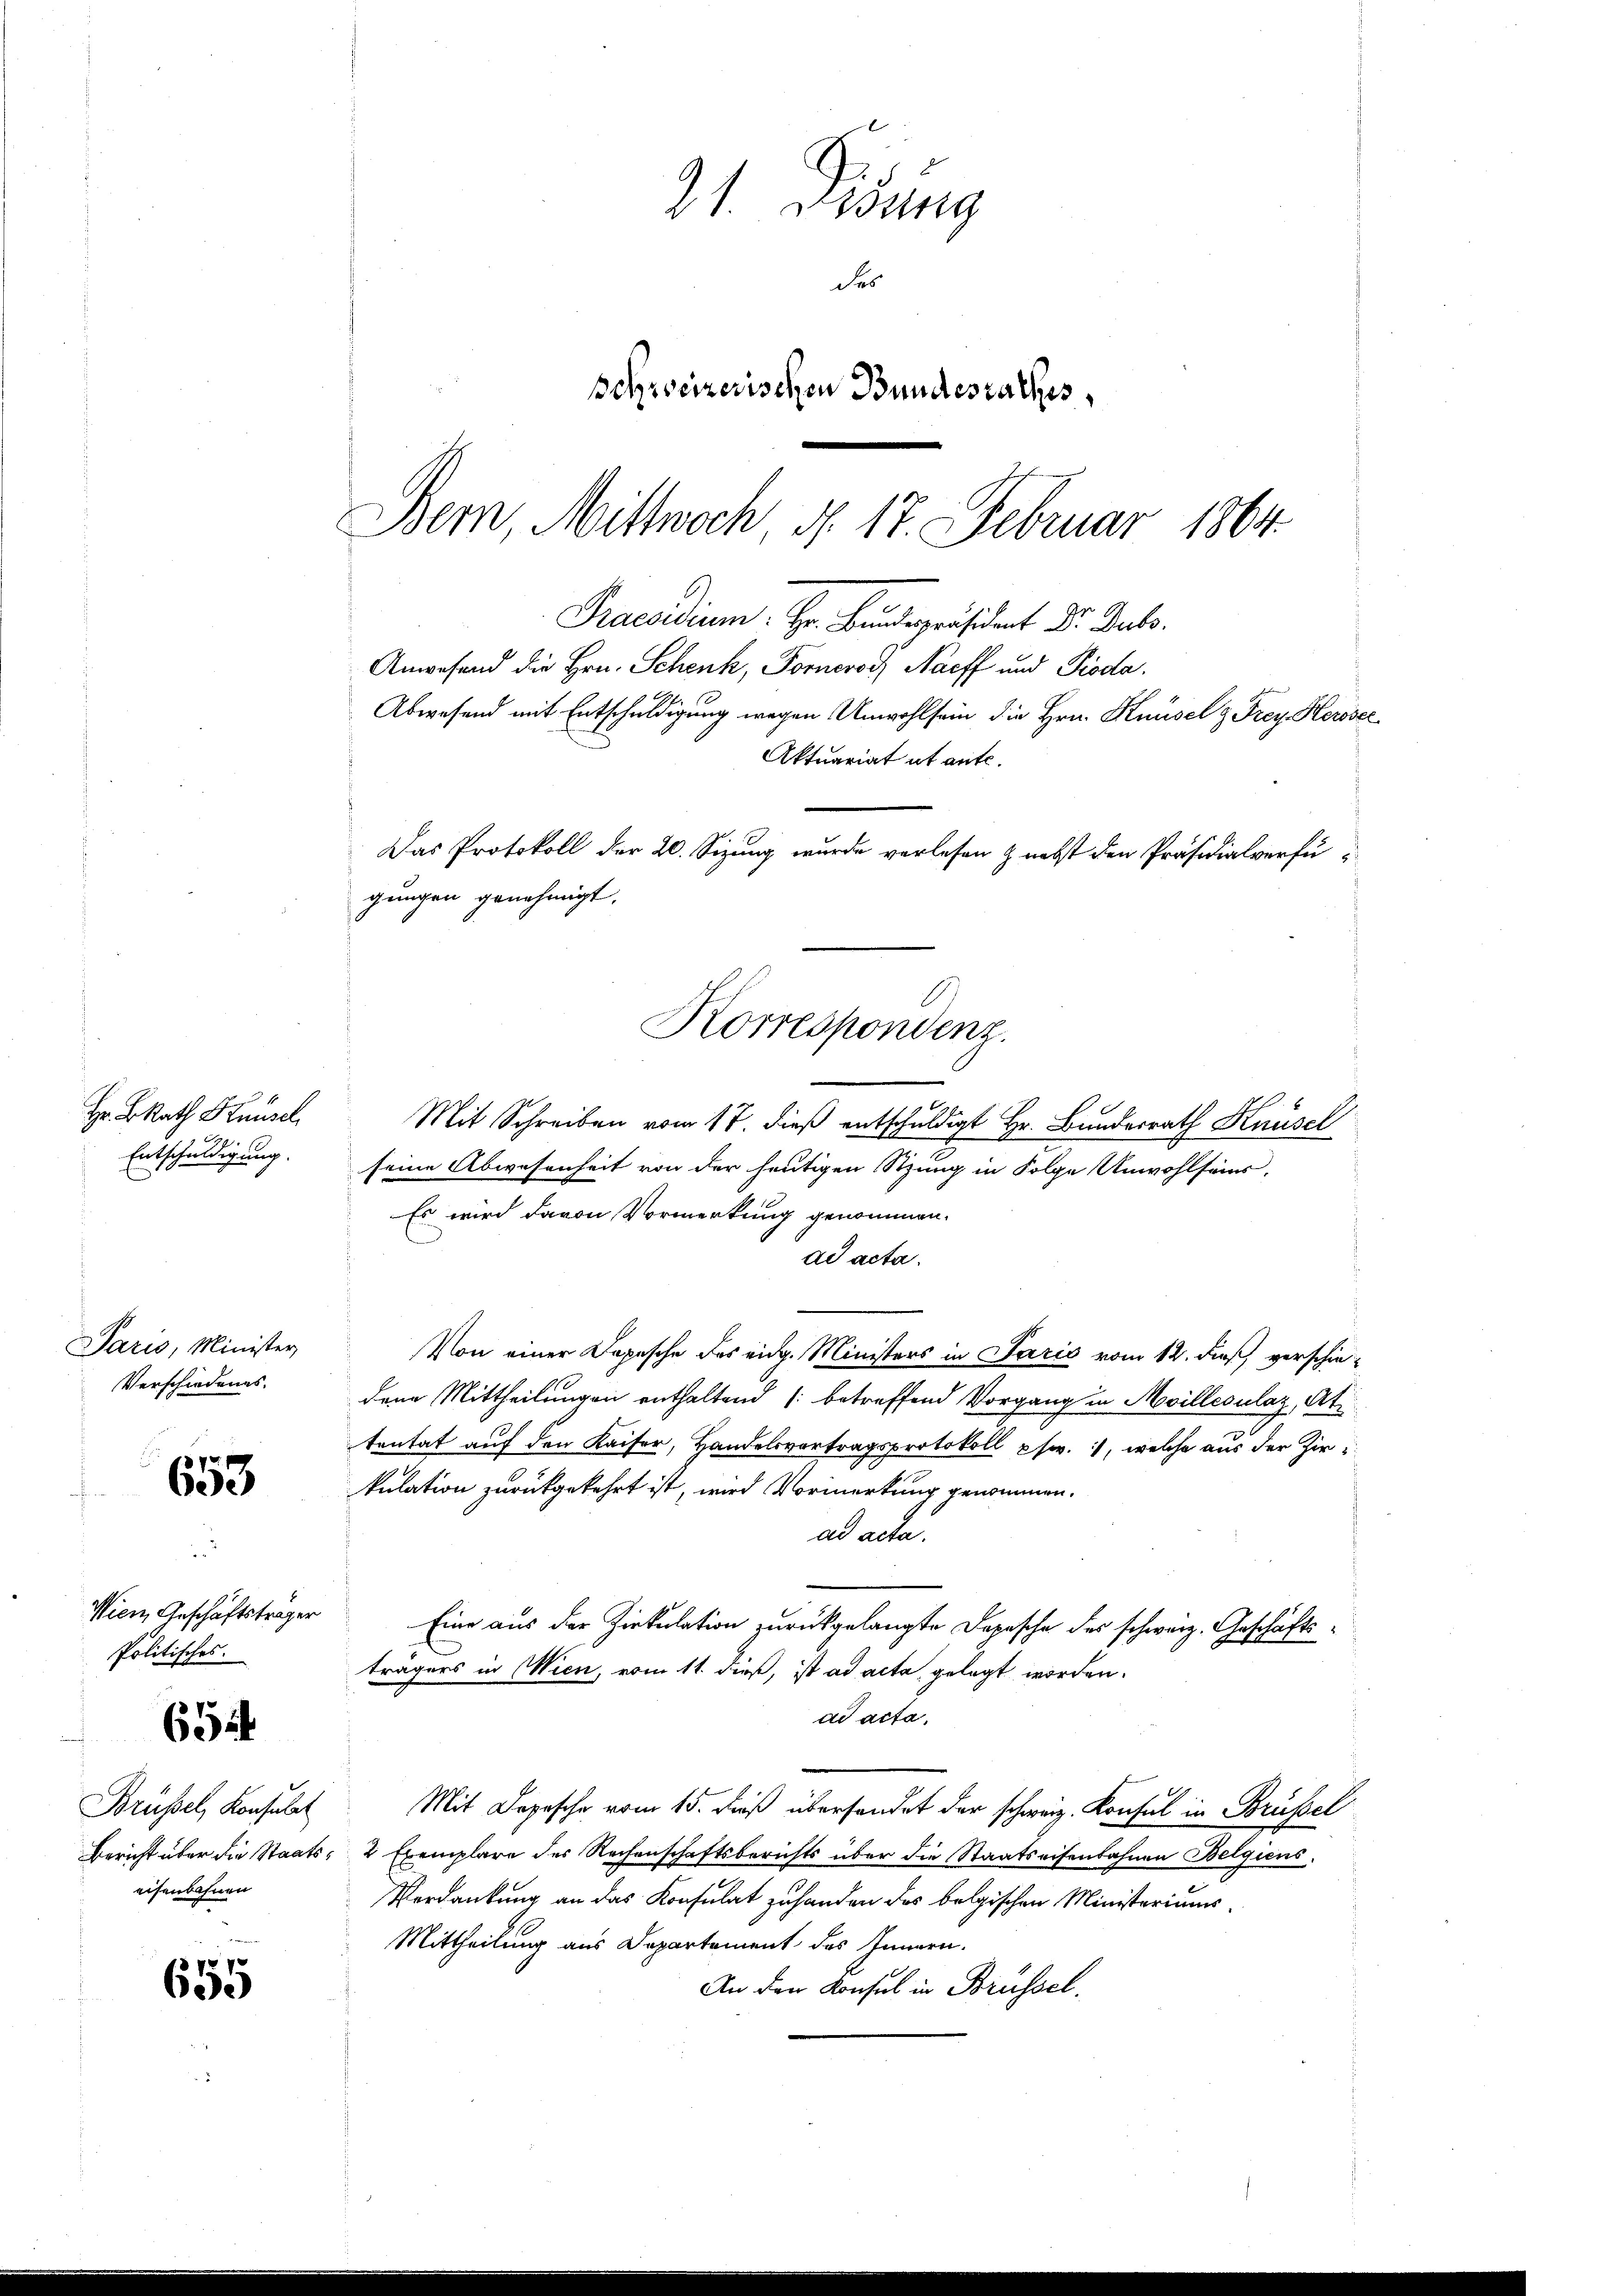
Hr. BRath Hausel
Entschuldigung.

Paris, Minister,
Verschiedenes.

653

Wien Geschäftsträger
Politisches.

65

Brüssel, Konsulat
eisenbahnen

655

31. Didung
des
Schreizerischen Bundesrathes,

Bem, Mittwoch, d. 17. Februar 1864.
Abwesend mit Entschuldigung wegen Unwohl sein die Hrn. Knüsel & Frey Herosec
Aktuariat et ante.
Das Protokoll der 20. Sizung wurde verlesen & nebst den Präsidialverfügungen genehmigt.
Korrespondenz.

Praesidium. Hr. Bundepräsident Dr. Buls.
Anwesend die Hrn. Schenk, Fornovor Nacff und Pioda¬

Mit Schreiben vom 17. dieß entschuldigt Hr. Bunderrath Knüsel
seine Abwesenheit von der heutigen Sitzung in Folge Unwohlseins,
Es wird davon Vormerkung genommen.
ad acta.
Von einer Depesche des eidg. Ministers in Paris vom 12. dieß verschiedene Mittheilungen enthaltend (betreffend Vorgang in Moillevulaz, At
tentat auf den Kaiser, Handelsvortragsprotokoll usw. 1, welche aus der Zirkulation zurückgekehrt ist, wird Vormerkung genommen.
ad acta.
Eine aus der Zirkulation zurückgelangte Depesche des schweiz. Geschäftsträgers in Wien, vom 11. dieß, ist ad acta gelegt worden.
ad acta,
Mit Depesche vom 15. Fuß übersendet der schweiz. Konsul in Brüssel
Bericht über die Staats- 2 Exemplare des Rechenschaftsberichts über die Staatseisenbahnen Belgiens.
Verdankung an das Konsulat zu handen des belgischen Ministeriums¬
Mittheilung aus Departement des Innern.
An den Konsul in Brüssel.